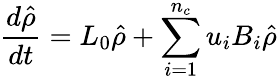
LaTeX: \frac{d\hat{\rho}}{dt}=L_{0}\hat{\rho}+\sum_{i=1}^{n_{c}}u_{i}B_{i}\hat{\rho}